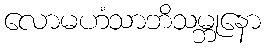
လောမဟံသာဘိသမ္ဘုနော